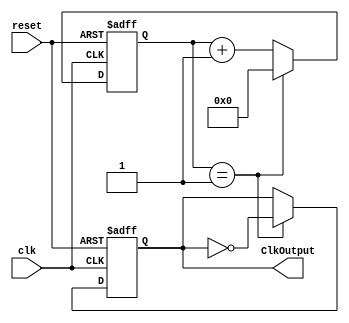
module ClkDiv(
    input clk,
    input reset,
    output ClkOutput
    );
    reg ClkOutput;
    reg [31:0] count;
    //parameter Divider = 781250; //50MHz Ƶ32Hz
    parameter Divider = 1;
    always@(posedge clk or negedge reset)
    begin
        if(~reset)
        begin
            count <= 0;
            ClkOutput <= 0;
        end
        else begin 
            if(count == Divider)
            begin
                count <= 0;
                ClkOutput <= ~ClkOutput;
            end
            else 
            begin
                count <= count + 1;
            end
        end
     end
    
endmodule